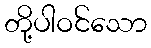
တို့ပါဝင်သော